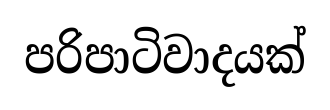
පරිපාටිවාදයක්